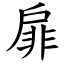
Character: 扉